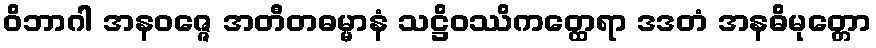
ဝိဘာဂါ အနဝဇ္ဇေ အတီတဓမ္မာနံ သဋ္ဌိဝဿိကတ္ထေရာ ဒဒတံ အနဓိမုတ္တော